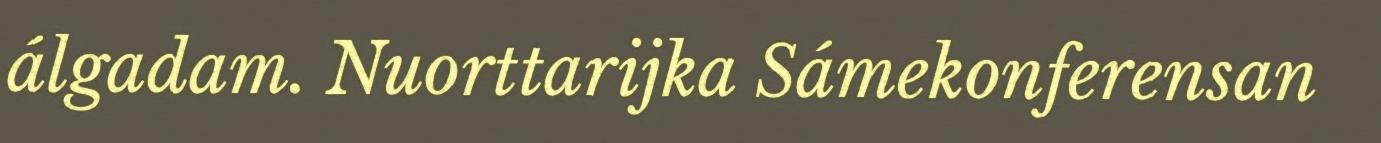
álgadam. Nuorttarijka Sámekonferensan